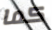
كما